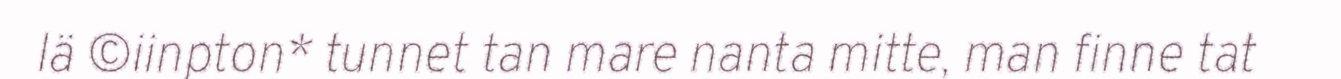
lä ©iinpton* tunnet tan mare nanta mitte, man finne tat